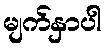
မျက်နှာပါ